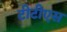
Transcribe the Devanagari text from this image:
टीटीएस